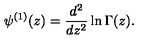
\psi ^ { ( 1 ) } ( z ) = \frac { d ^ { 2 } } { d z ^ { 2 } } \ln \Gamma ( z ) .